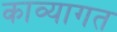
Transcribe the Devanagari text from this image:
काव्यागत